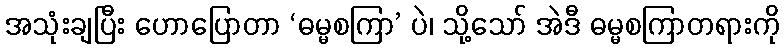
အသုံးချပြီး ဟောပြောတာ ‘ဓမ္မစကြာ’ ပဲ၊ သို့သော် အဲဒီ ဓမ္မစကြာတရားကို